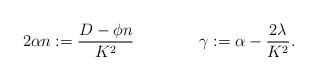
LaTeX: \begin{align*} 2 \alpha n := \frac{ D - \phi n }{K^2} \ \ \ \ \ \ \ \ \ \ \ \ \gamma : = \alpha - \frac{2\lambda}{K^2}.\end{align*}